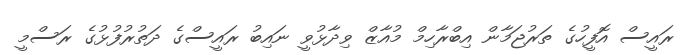
ރައީސް އޮފީހުގެ ތަރުޖަމާން އިބްރާހިމް މުއާޒް ވިދާޅުވީ ނައިބު ރައީސްގެ ދަތުރުފުޅުގެ ރަސްމީ